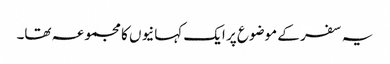
یہ سفر کے موضوع پر ایک کہانیوں کا مجموعہ تھا۔